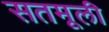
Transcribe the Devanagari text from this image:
सतमूली